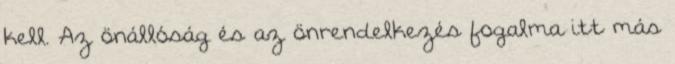
kell. Az önállóság és az önrendelkezés fogalma itt más